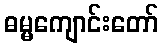
ဓမ္မကျောင်းတော်